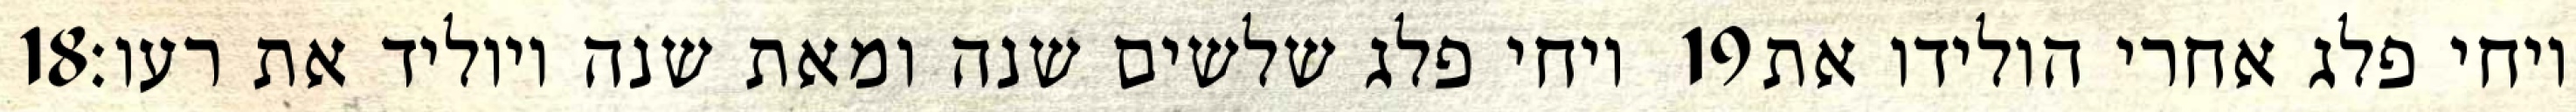
‎18‏ ויחי פלג שלשים שנה ומאת שנה ויוליד את רעו׃ ‎19‏ ויחי פלג אחרי הולידו את